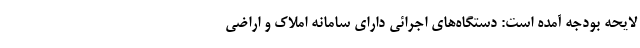
لایحه بودجه آمده است: دستگاه‌های اجرائی دارای سامانه املاک و اراضی